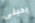
يحبنى